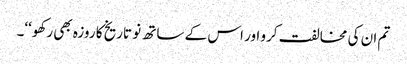
تم ان کی مخالفت کرو اور اس کے ساتھ نو تاریخ کا روزہ بھی رکھو‘‘۔